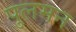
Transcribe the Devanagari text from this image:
पुलमन